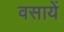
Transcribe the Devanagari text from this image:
वसायें